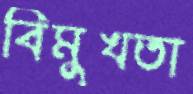
বিমুখতা